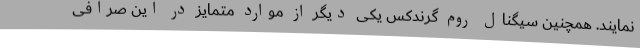
نمایند. همچنین سیگنال روم گرندکس یکی دیگر از موارد متمایز در این صرافی